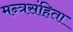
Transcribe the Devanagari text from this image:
मन्त्रसंहिता